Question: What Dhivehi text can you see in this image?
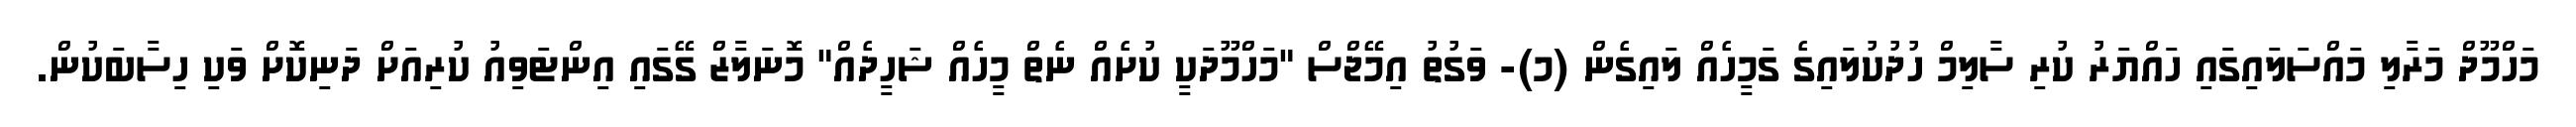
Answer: މަހްމޫދް މަރާލި މައްސަލައިގައި ހައްޔަރު ކުރި ސާލިމް ހުދުކުލައިގެ ގަމީހެއް ލައިގެން (މ)- ވަގުތު އިމޭޖްސް "މަހްމޫދަކީ ކުށެއް ނެތް މީހެއް ޝަހީދެއް" މޮނަލާޒް ގޭގައި އިންޓަވިއު ކުރިއަށް ދަނިކޮށް ވަކި ހިސާބަކުން.